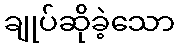
ချုပ်ဆိုခဲ့သော